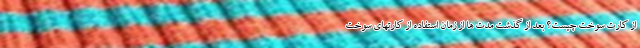
از کارت سوخت چیست؟ بعد از گذشت مدت ها از زمان استفاده از کارتهای سوخت